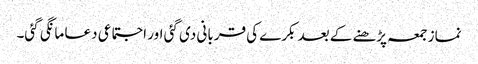
نماز جمعہ پڑھنے کے بعد بکرے کی قربانی دی گئی اور اجتماعی دعا مانگی گئی۔